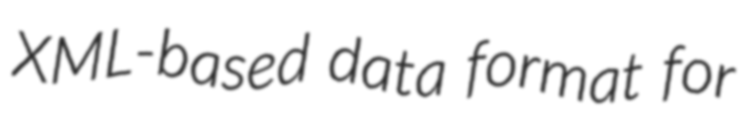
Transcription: XML-based data format for